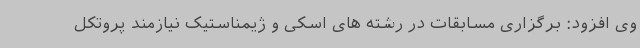
وی افزود: برگزاری مسابقات در رشته های اسکی و ژیمناستیک نیازمند پروتکل